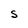
Character: S